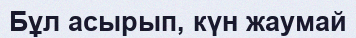
Бұл асырып, күн жаумай